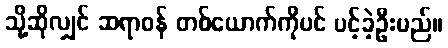
သို့ဆိုလျှင် ဆရာဝန် တစ်ယောက်ကိုပင် ပင့်ခဲ့ဦးမည်။